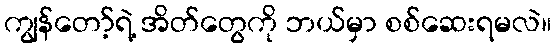
ကျွန်တော့်ရဲ့ အိတ်တွေကို ဘယ်မှာ စစ်ဆေးရမလဲ။